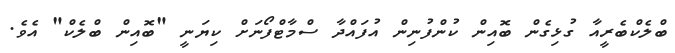
ބްލެކްބެރީއާ ގުޅިގެން ބޮއިން ކުންފުނިން އުފައްދާ ސްމާޓްފޯނަށް ކިޔަނީ "ބޮއިން ބްލެކް" އެވެ.